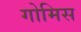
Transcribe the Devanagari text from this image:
गोमिस